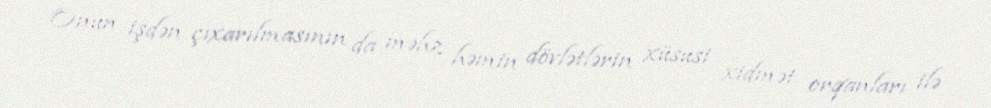
Onun işdən çıxarılmasının da məhz həmin dövlətlərin xüsusi xidmət orqanları ilə